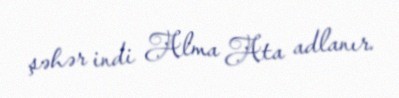
şəhər indi Alma Ata adlanır.